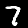
Digit: 7